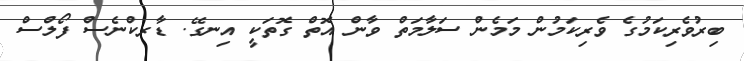
ބިރުވެރިކަމުގެ ވެރިކަމުން މަމެން ސަލާމަތް ވާން އޮތް ގޮތަކީ އިނގޭ. ޑާރކްނެސް ފޯލްސް